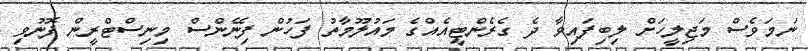
ނަމަވެސް މަޖިލީހަށް ލިބިފައިވާ ދެ ގެރެންޓީއެއްގެ މައުލޫމާތު ފަހުން ފިނޭންސް މިނިސްޓްރީން ފޮނުވި